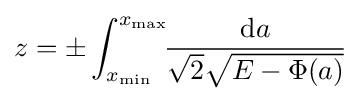
z=\pm \int _{x_{\min }}^{x_{\max }}\!\!{\frac {{\rm {d}}a}{{\sqrt {2}}{\sqrt {E-\Phi (a)}}}}